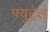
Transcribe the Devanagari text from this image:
फ्युट्रेल